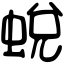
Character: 蛻